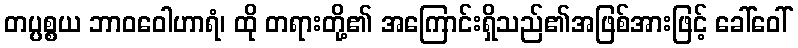
တပ္ပစ္စယ ဘာဝဝေါဟာရံ၊ ထို တရားတို့၏ အကြောင်းရှိသည်၏အဖြစ်အားဖြင့် ခေါ်ဝေါ်